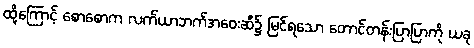
ထို့ကြောင့် စောစောက လက်ယာဘက်အဝေးဆီ၌ မြင်ရသော တောင်တန်းပြာပြာကို ယခု